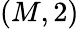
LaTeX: (M,2)